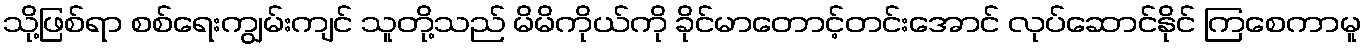
သို့ဖြစ်ရာ စစ်ရေးကျွမ်းကျင် သူတို့သည် မိမိကိုယ်ကို ခိုင်မာတောင့်တင်းအောင် လုပ်ဆောင်နိုင် ကြစေကာမူ